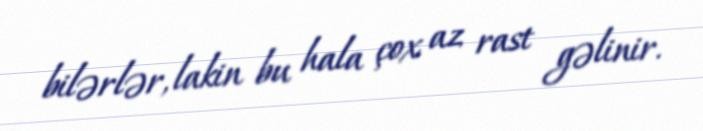
bilərlər, lakin bu hala çox az rast gəlinir.